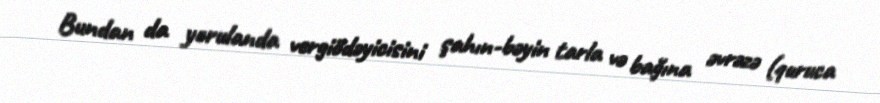
Bundan da yorulanda vergiödəyicisini şahın-bəyin tarla və bağına əvrəzə (quruca